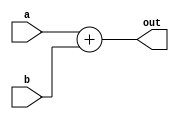
`timescale 1ns / 1ps

module suma
    #(parameter WIDTH = 8)
    (input wire [WIDTH-1:0] a,b,
     output wire [WIDTH-1:0] out);


assign out = a + b;

endmodule